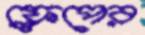
ফ্লেপের